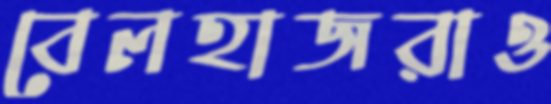
বেলহাজরাও